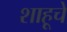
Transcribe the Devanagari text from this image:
शाहूचे